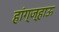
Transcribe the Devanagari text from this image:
हांग्ज्हाऊ